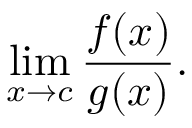
\operatorname* { l i m } _ { x \to c } { \frac { f ( x ) } { g ( x ) } } .